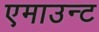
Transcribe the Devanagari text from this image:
एमाउन्ट